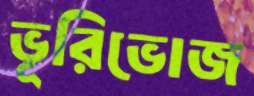
ভূরিভোজ